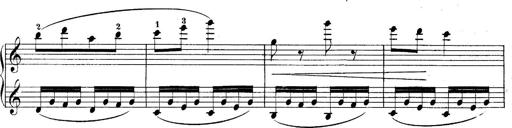
Title: 10 Sonatines progressives
Composer: Anton Schmoll